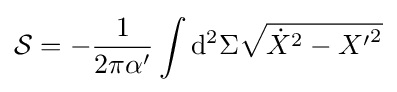
{\mathcal {S}}=-{\frac {1}{2\pi \alpha '}}\int \mathrm {d} ^{2}\Sigma {\sqrt {{\dot {X}}^{2}-{X'}^{2}}}